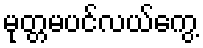
မုတ္တမပင်လယ်ကွေ့